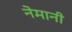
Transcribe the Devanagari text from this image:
नेमानी